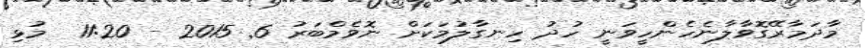
މާދަމާރޭގޮވާލާނެހެންހީވަނީ ހުދު ހިނގާލުމަކަށް ނޮވެމްބަރު 6